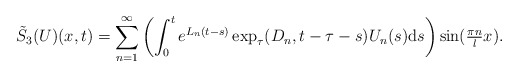
\begin{align*} \tilde{S}_{3}(U)(x, t) = \sum_{n = 1}^{\infty} \left(\int_{0}^{t} e^{L_{n} (t - s)} \exp_{\tau}(D_{n}, t - \tau - s) U_{n}(s) \mathrm{d}s\right) \sin(\tfrac{\pi n}{l} x). \end{align*}